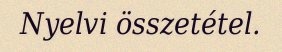
Nyelvi összetétel.